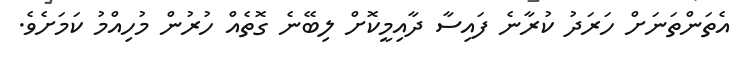
އެތަންތަނަށް ހަރަދު ކުރާނެ ފައިސާ ދާއިމީކޮށް ލިބޭނެ ގޮތެއް ހުރުން މުހިއްމު ކަމަށެވެ.